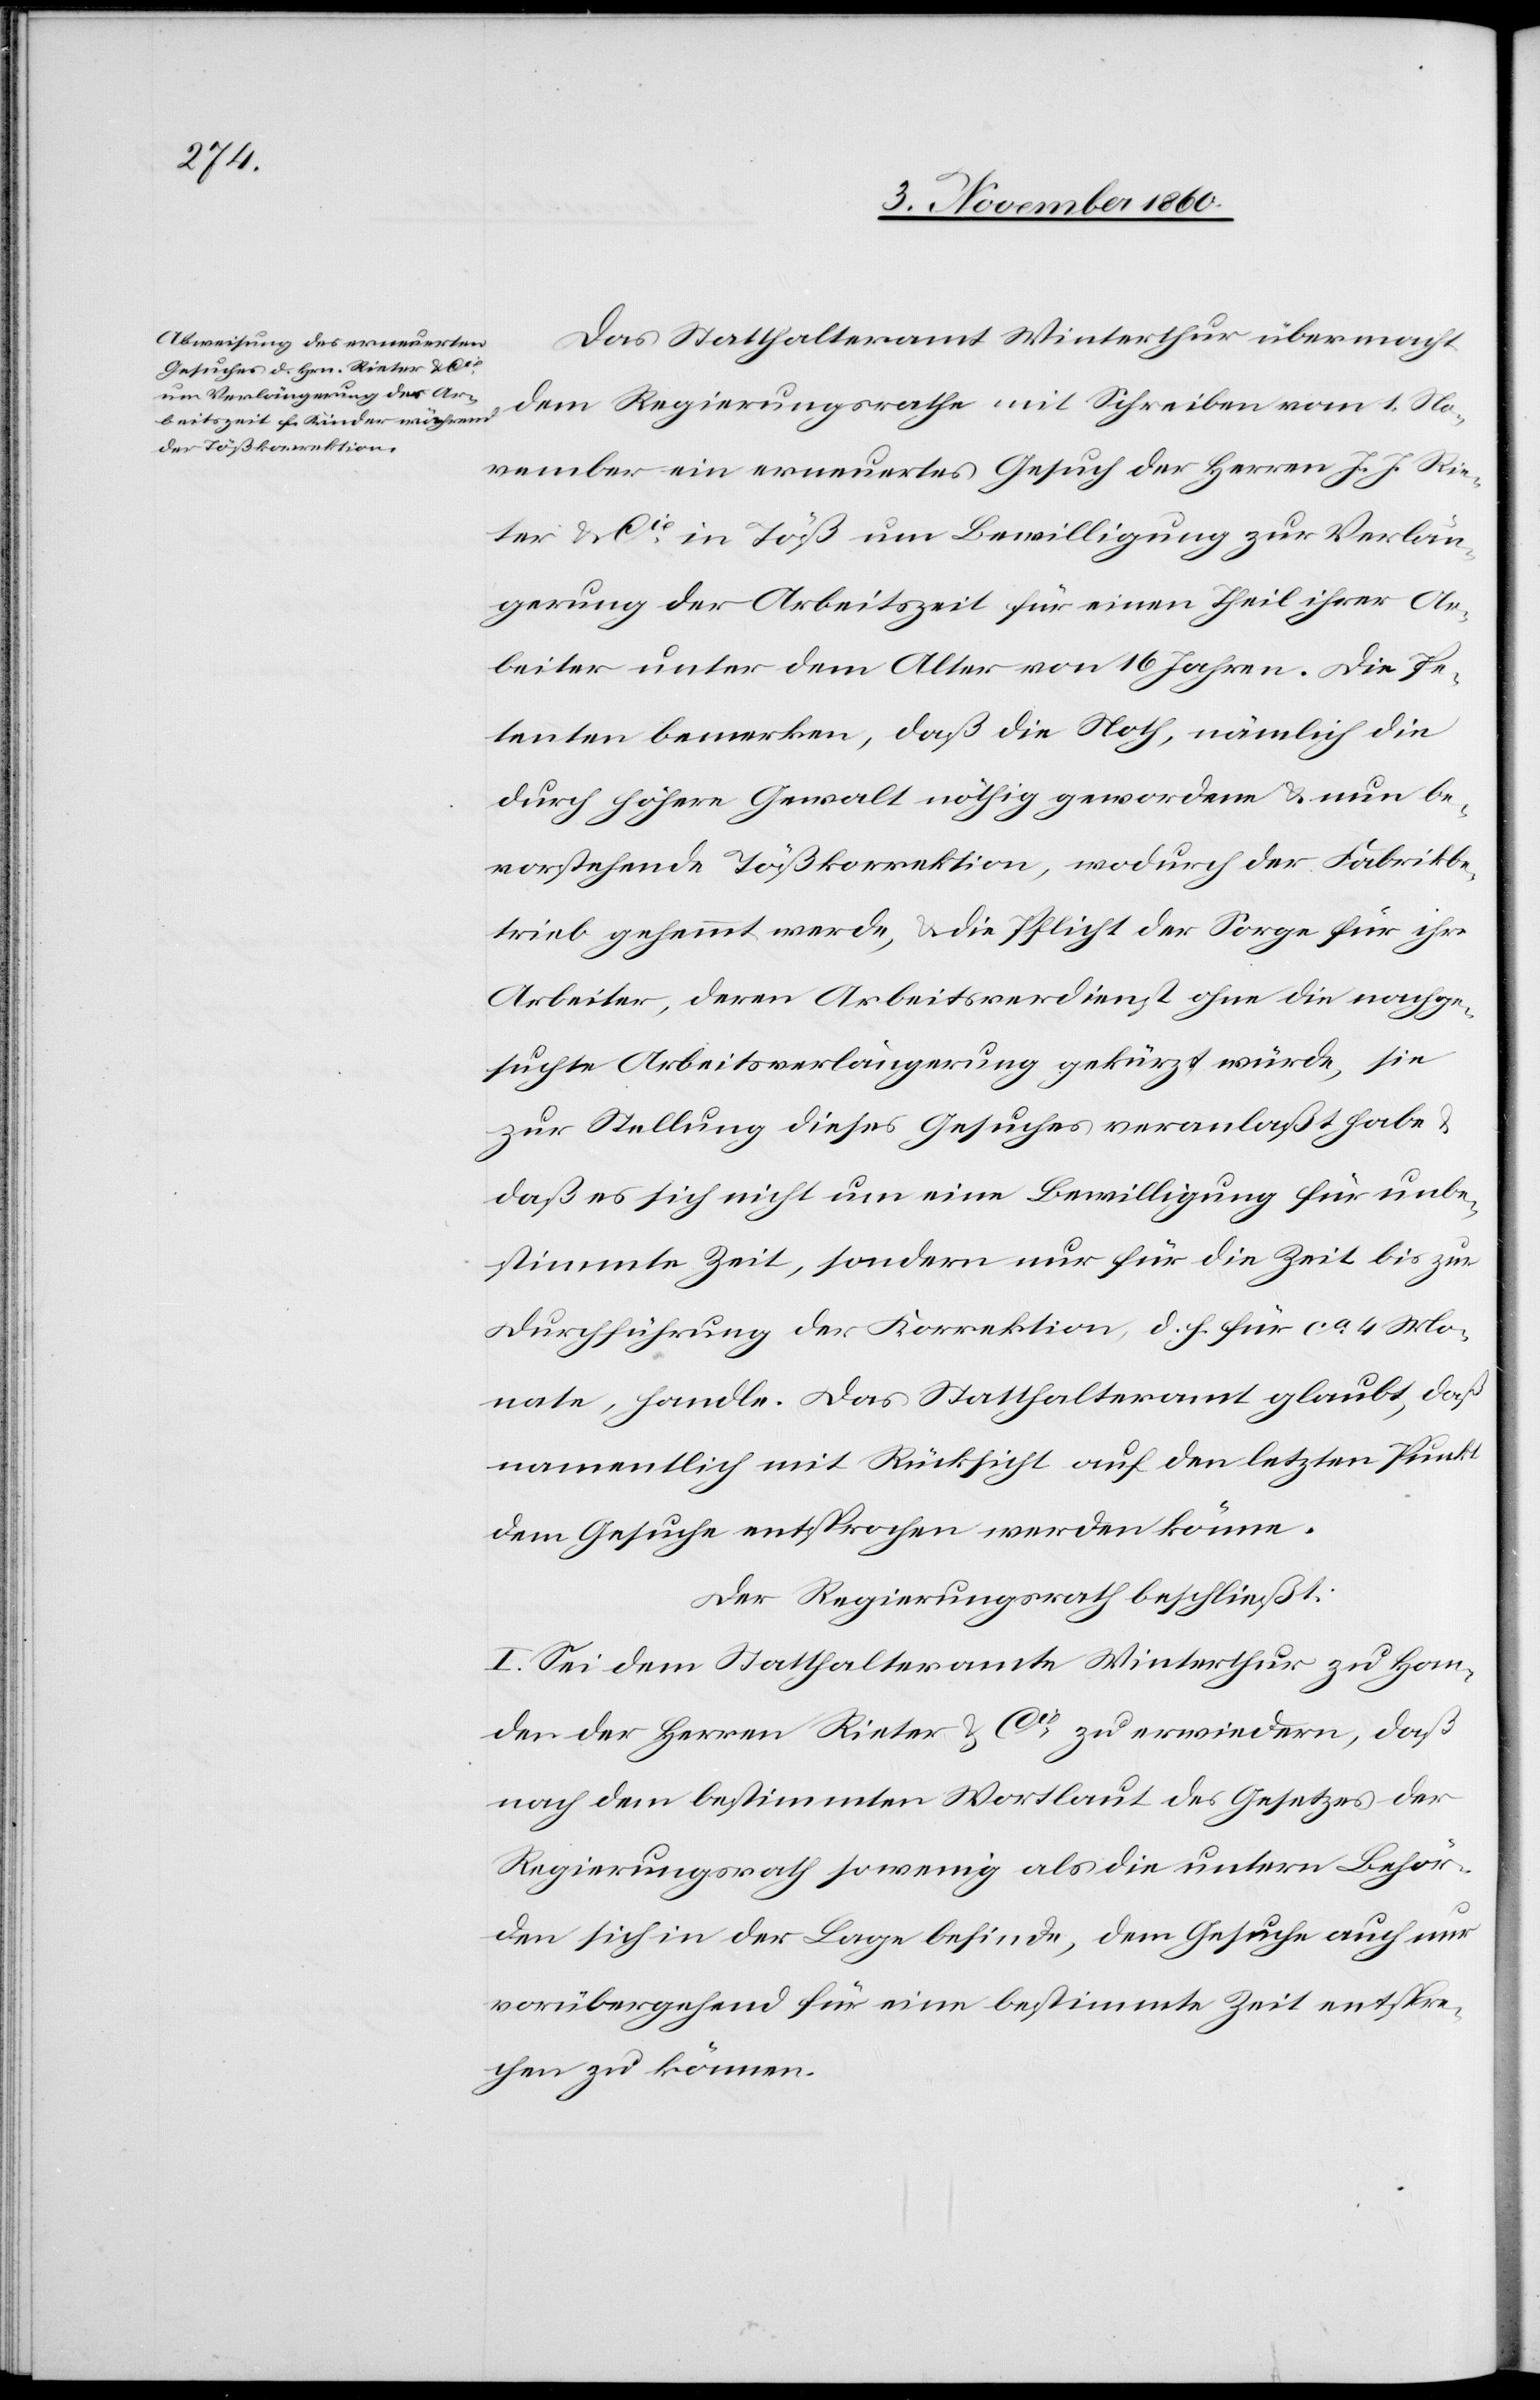
Das Statthalteramt Winterthur übermacht
dem Regierungsrathe mit Schreiben vom 1. No¬
vember ein erneuertes Gesuch der Herren J. J. Rie¬
ter & Cie in Töß um Bewilligung zur Verlän¬
gerung der Arbeitszeit für einen Theil ihrer Ar¬
beiter unter dem Alter von 16 Jahren. Die Pe¬
tenten bemerken, daß die Noth, nämlich die
durch höhere Gewalt nöthig gewordene u. nun be¬
vorstehende Tößkorrektion, wodurch der Fabrikbe¬
trieb gehemmt werde, u. die Pflicht der Sorge für ihre
Arbeiter, deren Arbeitsverdienst ohne die nachge¬
suchte Arbeitsverlängerung gekürzt würde, sie
zur Stellung dieses Gesuches veranlaßt habe u.
daß es sich nicht um eine Bewilligung für unbe¬
stimmte Zeit, sondern nur für die Zeit bis zur
Durchführung der Korrektion, d. h. für ca. 4 Mo¬
nate, handle. Das Statthalteramt glaubt, daß
namentlich mit Rücksicht auf den letzten Punkt
dem Gesuche entsprochen werden könne.
Der Regierungsrath beschließt:
I. Sei dem Statthalteramte Winterthur zu Han¬
den der Herren Rieter & Cie zu erwiedern, daß
nach dem bestimmten Wortlauf des Gesetzes der
Regierungsrath so wenig als die untern Behör¬
den sich in der Lage befinden, dem Gesuche auch nur
vorübergehend für eine bestimmte Zeit entspre¬
chen zu können.